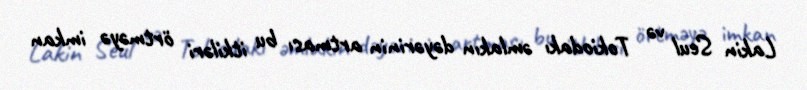
Lakin Seul və Tokiodakı əmlakın dəyərinin artması bu itkiləri örtməyə imkan